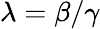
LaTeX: \lambda=\beta/\gamma